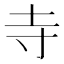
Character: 寺